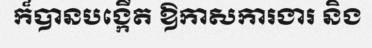
ក៏បានបង្កើត ឱកាសការងារ និង